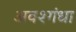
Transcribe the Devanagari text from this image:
अवश्गंधा